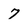
Character: 7